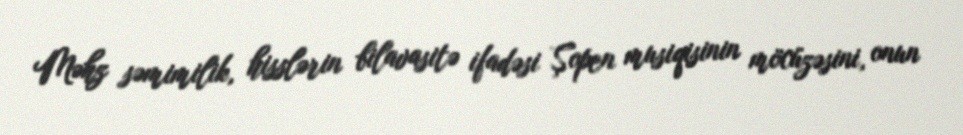
Məhz səmimilik, hisslərin bilavasitə ifadəsi Şopen musiqisinin möcüzəsini, onun